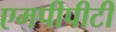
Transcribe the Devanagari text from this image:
एमपीपीटी